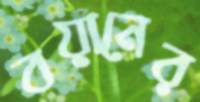
বয়ানের